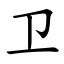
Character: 卫